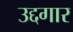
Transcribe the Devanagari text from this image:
उद्दगार